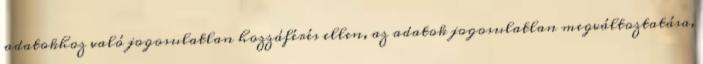
adatokhoz való jogosulatlan hozzáférés ellen, az adatok jogosulatlan megváltoztatása,